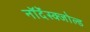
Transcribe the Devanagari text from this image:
नॉर्देंस्क्जोल्ड